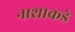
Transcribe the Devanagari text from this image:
नाशाकडे